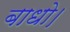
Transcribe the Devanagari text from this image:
बाधो।